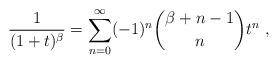
LaTeX: \begin{align*}\frac{1}{(1+t)^\beta}=\sum_{n=0}^\infty (-1)^n\binom{\beta+n-1}{n}t^n\ ,\end{align*}